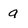
Character: a